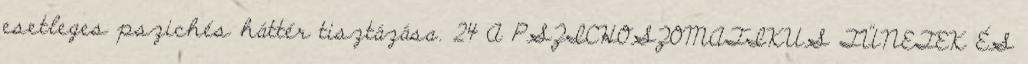
esetleges pszichés háttér tisztázása. 24 A PSZICHOSZOMATIKUS TÜNETEK ÉS